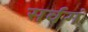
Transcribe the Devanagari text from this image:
सर्वगं